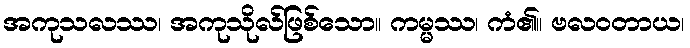
အကုသလဿ၊ အကုသိုလ်ဖြစ်သော။ ကမ္မဿ၊ ကံ၏။ ဗလဝတာယ၊